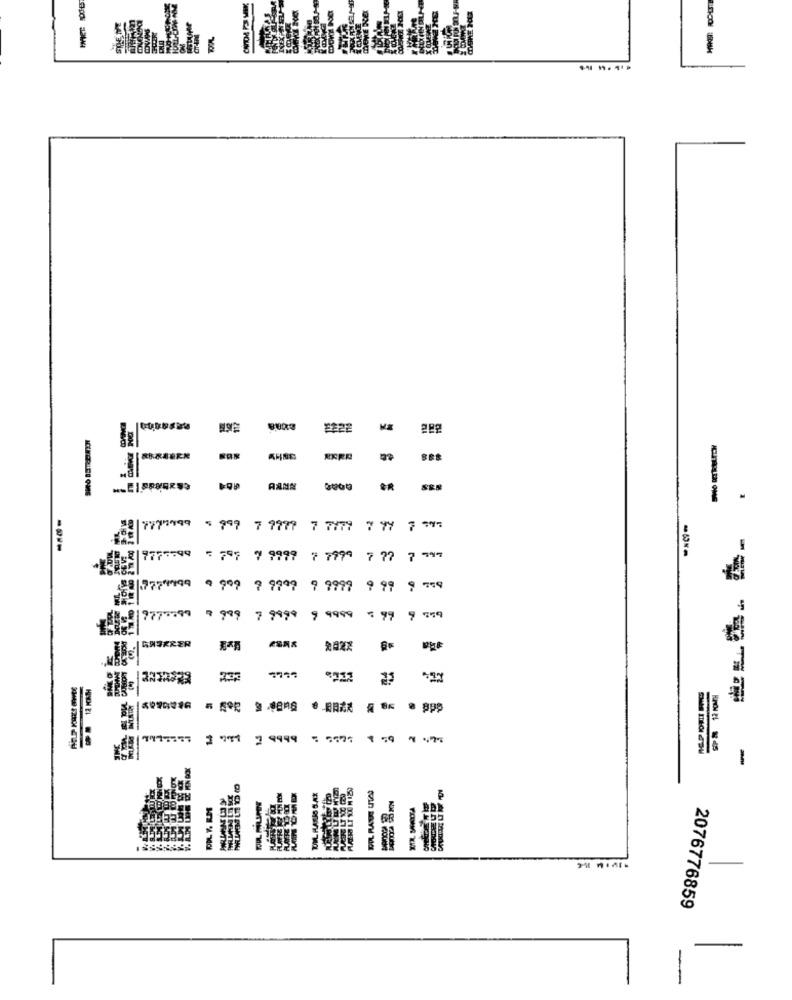
8
RANN
7775999 5 999 7 9979 7 7779 7 97 7 99:
----
-5-
-
9775599 797 7 9997
7 779ª
777 7947
58 7774499 9 999 9 9999 9 9999 9 99 9 759
- 19777599
9 999 7 9999 9 9988 = 99 9 559
GASÆRER
Edecare
....
333
LLLLLLL
1 971
2 9999 7 7777 1 59 7 477
LILL
-
PIL RAUS UTA
PDL 7. RMS
2076776859